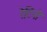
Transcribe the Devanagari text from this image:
रेटिनो